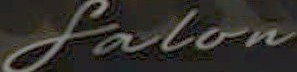
Falon